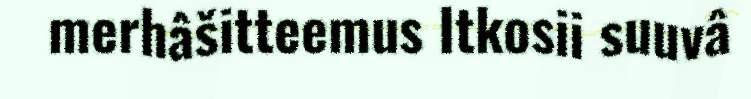
merhâšitteemus Itkosii suuvâ